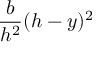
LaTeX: { \frac { b } { h ^ { 2 } } } ( h - y ) ^ { 2 }